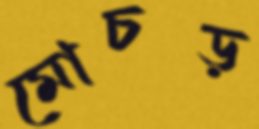
মোচড়